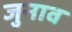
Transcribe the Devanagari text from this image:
जुनाव